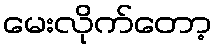
မေးလိုက်တော့